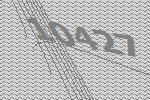
10427